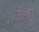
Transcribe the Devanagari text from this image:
मोन्टेरे